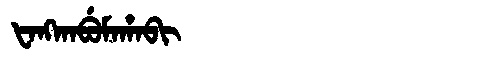
Manchu: ᡶᠠᠩᡴᠠᠪᡠᠮᠠᡥᠠᠪᡳ
Romanization: FANGKABUMAHABI